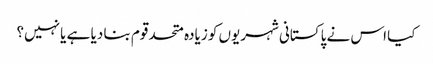
کیا اس نے پاکستانی شہریوں کو زیادہ متحد قوم بنا دیا ہے یا نہیں؟